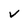
Character: v